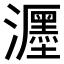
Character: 𤄊